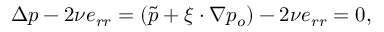
\Delta p - 2 \nu e _ { r r } = ( \tilde { p } + \boldsymbol { \xi } \cdot \nabla p _ { o } ) - 2 \nu e _ { r r } = 0 ,